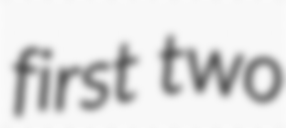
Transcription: first two